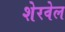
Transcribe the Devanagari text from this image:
शेरवेल